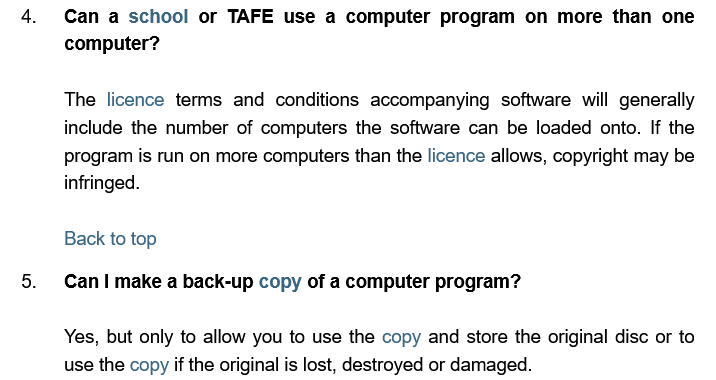
The licence terms and conditions accompanying software will generally
     include the number of computers the software can be loaded onto. If the
     program is run on more computers than the licence allows, copyright may be
     infringed.
     Yes, but only to allow you to use the copy and store the original disc or to
     use the copy if the original is lost, destroyed or damaged.
     Can I make a back-up copy of a computer program?
     Back to top
   4.  Can a school or TAFE  use a computer program on  more than one
     computer?